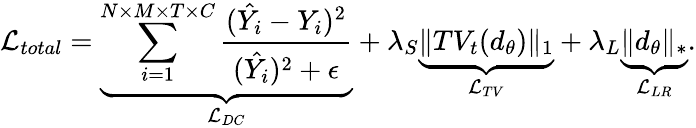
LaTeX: \mathcal{L}_{total}=\underbrace{\sum_{i=1}^{N\times M\times T\times C}\frac{(\hat{Y_{i}}-Y_{i})^{2}}{(\hat{Y_{i}})^{2}+\epsilon}}_{\mathcal{L}_{DC}}+\lambda_{S}\underbrace{\Vert TV_{t}(d_{\theta})\Vert_{1}}_{\mathcal{L}_{TV}}+\lambda_{L}\underbrace{\Vert d_{\theta}\Vert_{*}}_{\mathcal{L}_{LR}}.